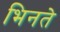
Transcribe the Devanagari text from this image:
भिनते